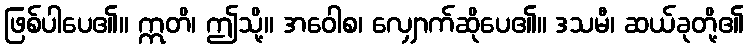
ဖြစ်ပါပေ၏။ ဣတိ၊ ဤသို့။ အဝေါစ၊ လျှောက်ဆိုပေ၏။ ဒသမီ၊ ဆယ်ခုတို့၏